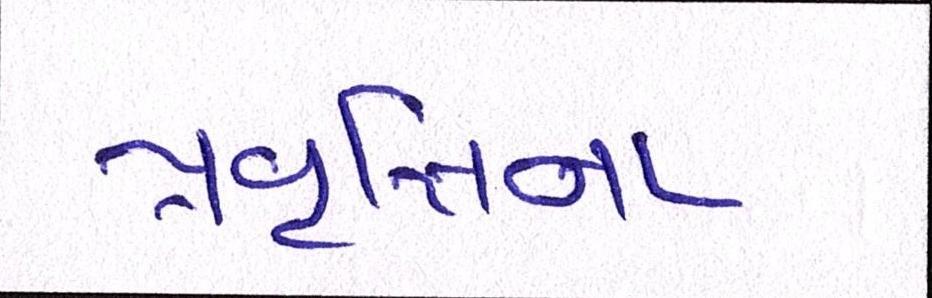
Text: પ્રવૃત્તિના